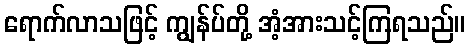
ရောက်လာသဖြင့် ကျွန်ပ်တို့ အံ့အားသင့်ကြရသည်။